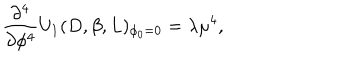
\frac { \partial ^ { 4 } } { \partial \phi ^ { 4 } } U _ { 1 } ( D , \beta , L ) _ { \phi _ { 0 } = 0 } = \lambda \mu ^ { 4 } ,